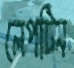
লেপটিন